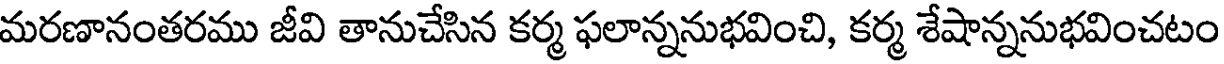
మరణానంతరము జీవి తానుచేసిన కర్మ ఫలాన్ననుభవించి, కర్మ శేషాన్ననుభవించటం